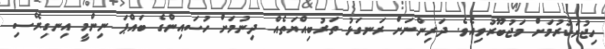
ހިޖުރަކުރުމަށް މަޖުބޫރުވިއެވެ. ދަރިންނަށް ރަނގަޅު ތަރުބިއްޔަތެއް ދިނުމަށް ހުސައިންގެ ބައްޕަ ނިންމީ އިނގިރޭސި